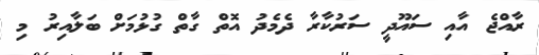
ރާއްޖެ އާއި ސައޫދީ ސަރުކާރާ ދެމެދު އޮތް ގާތް ގުޅުމަށް ބަލާއިރު މި